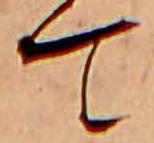
て